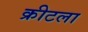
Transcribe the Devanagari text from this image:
क्रीटला